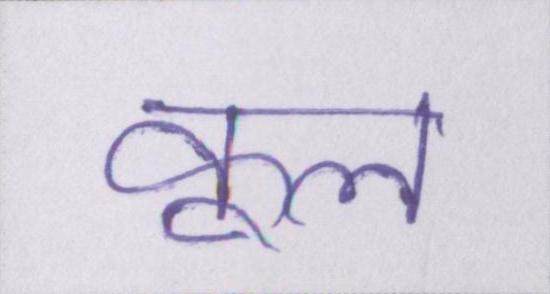
कूल